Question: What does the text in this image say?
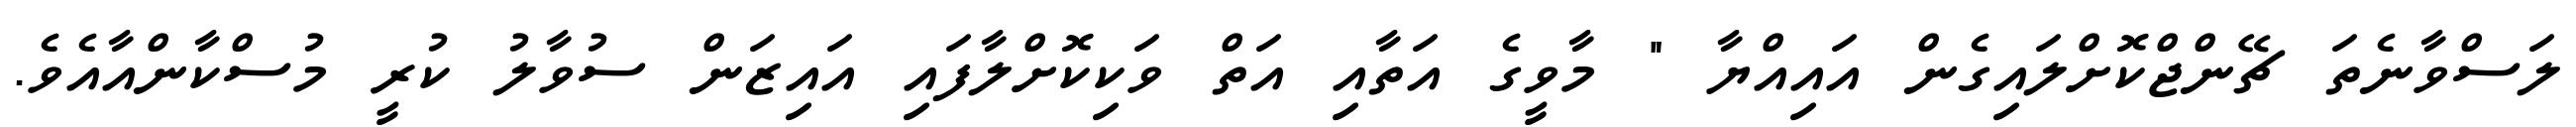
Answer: ލަސްވާނެތަ ޗޭންޖްކޮށްލައިގެން އައިއްޔާ " މާވީގެ އަތާއި އަތް ވަކިކޮށްލާފައި އައިޒަން ސުވާލު ކުރީ މުސްކާންއާއެވެ.